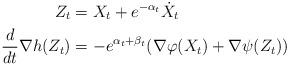
LaTeX: \begin{align*}Z_t &= X_t + e^{-\alpha_t} \dot X_t \\\frac{d}{dt}\nabla h(Z_t) &= -e^{\alpha_t+ \beta_t} (\nabla \varphi(X_t)+ \nabla \psi(Z_t))\end{align*}